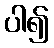
ပါ၍